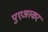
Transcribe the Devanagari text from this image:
पुएअस्कर